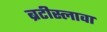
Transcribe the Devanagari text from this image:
ब्रटीस्लावा